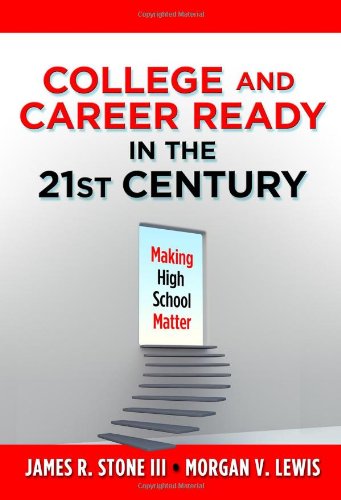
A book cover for College and Career Ready in the 21st Century: Making High School Matter; James R. Stone III; Education & Teaching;